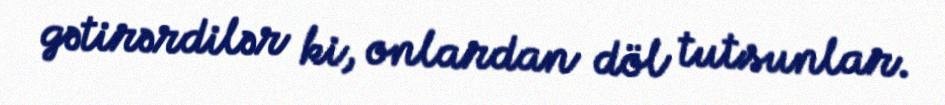
gətirərdilər ki, onlardan döl tutsunlar.